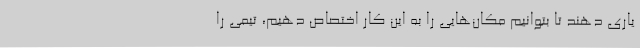
یاری دهند تا بتوانیم مکان‌هایی را به این کار اختصاص دهیم، تیمی را